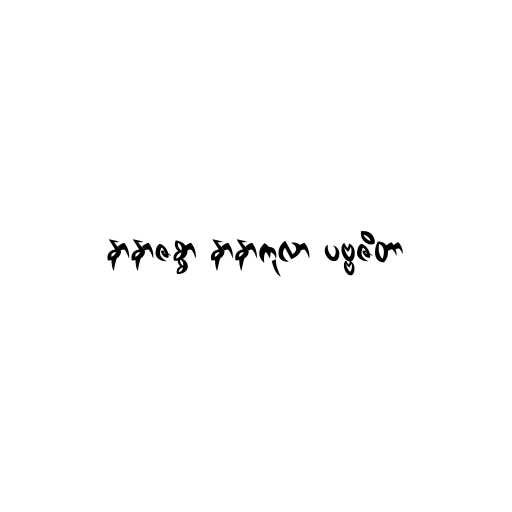
နာနာဇစ္စာ နာနာကုလာ ပဗ္ဗဇိတာ